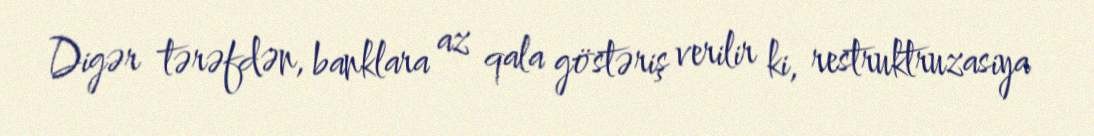
Digər tərəfdən, banklara az qala göstəriş verilir ki, restruktruzasiya